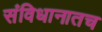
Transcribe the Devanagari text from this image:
संविधानातच